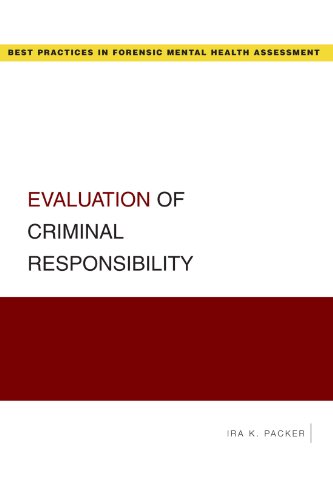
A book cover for Evaluation of Criminal Responsibility (Best Practices in Forensic Mental Health Assessment); Ira K. Packer; Medical Books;